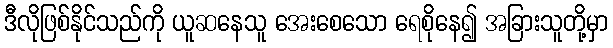
ဒီလိုဖြစ်နိုင်သည်ကို ယူဆနေသူ အေးစေသော ရေစိုနေ၍ အခြားသူတို့မှာ